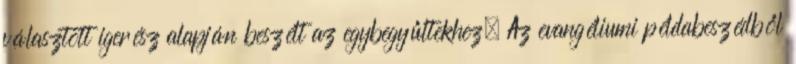
választott igerész alapján beszélt az egybegyűltekhez. Az evangéliumi példabeszédből